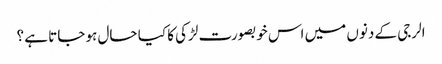
الرجی کے دنوں میں اس خوبصورت لڑکی کا کیا حال ہو جاتا ہے ؟